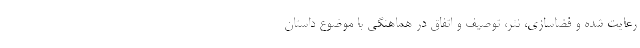
رعایت شده و فضاسازی، نثر، توصیف و اتفاق در هماهنگی با موضوع داستان